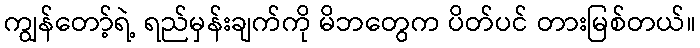
ကျွန်တော့်ရဲ့ ရည်မှန်းချက်ကို မိဘတွေက ပိတ်ပင် တားမြစ်တယ်။